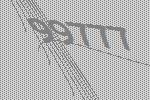
99777